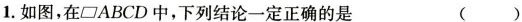
如图，在□ABCD中，下列结论一定正确的是 ()